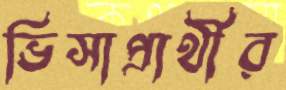
ভিসাপ্রার্থীর